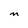
Character: m